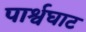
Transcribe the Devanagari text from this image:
पार्श्वघाट